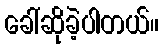
ခေါ်ဆိုခဲ့ပါတယ်။